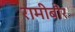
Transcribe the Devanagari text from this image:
रामीबौर